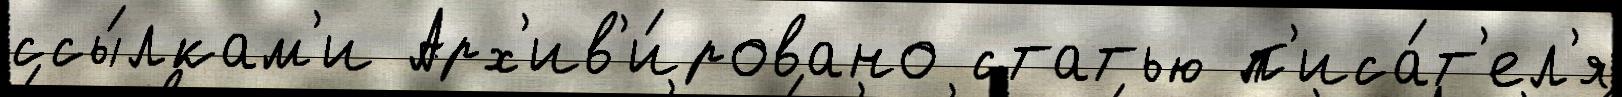
ссы́лкам'и Арх'ив'и́ровано статью п'иса́т'ел'я